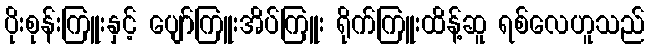
ပိုးစုန်းကြူးနှင့် ပျော်ကြူးအိပ်ကြူး ရိုက်ကြူးထိန့်ဆူ ရစ်လေဟူသည်